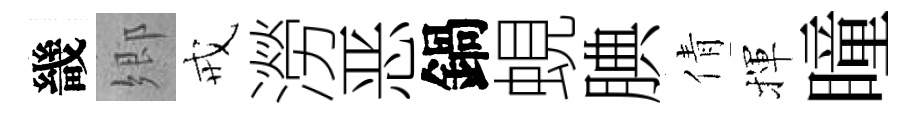
畿郷戒澇恶鍋蜆腆倩揮瞳